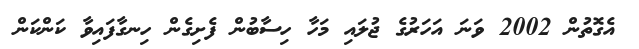
އެގޮތުން 2002 ވަނަ އަހަރުގެ ޖުލައި މަހާ ހިސާބުން ފެށިގެން ހިނގާފައިވާ ކަންކަން